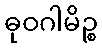
ဓုဝဂါမိဉ္စ